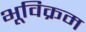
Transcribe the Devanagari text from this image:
भूविक्रम